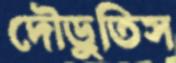
দৌড়ুতিস